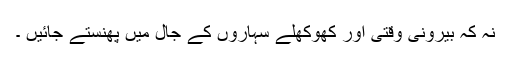
نہ کہ بیرونی وقتی اور کھوکھلے سہاروں کے جال میں پھنستے جائیں ۔